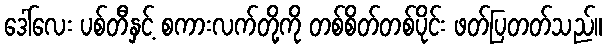
ဒေါ်လေး ပစ်တီနှင့် စကားလက်တို့ကို တစ်စိတ်တစ်ပိုင်း ဖတ်ပြတတ်သည်။